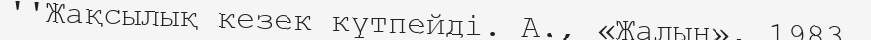
''Жақсылық кезек күтпейді. А., «Жалын», 1983.